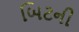
બિટની